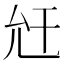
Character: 𢆋